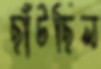
ছাঁটছিল